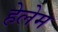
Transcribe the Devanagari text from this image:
हेलेम